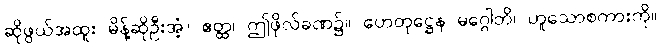
ဆိုဖွယ်အထူး မိန့်ဆိုဦးအံ့။ ဧတ္ထ၊ ဤဖိုလ်ခဏ၌။ ဟေတုဋ္ဌေန မဂ္ဂေါတိ၊ ဟူသောစကားကို။